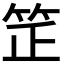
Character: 𥬛